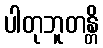
ပါတုဘူတန္တိ